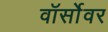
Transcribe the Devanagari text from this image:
वॉर्सोवर